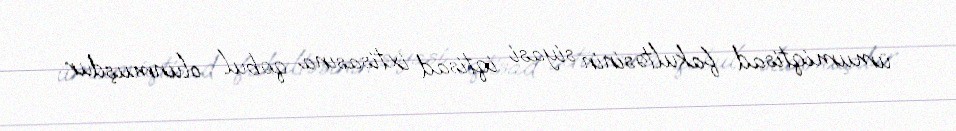
ümumiqtisad fakultəsinin siyasi iqtisad ixtisasına qəbul olunmuşdur.